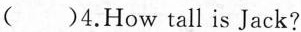
()4.How tall is Jack?